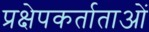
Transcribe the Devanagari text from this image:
प्रक्षेपकर्ताताओं